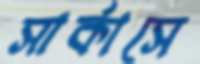
সার্কাসে